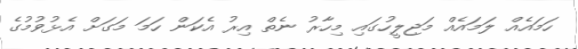
ހަމައެއް ލަމައެއް މަޖިލީހުގައި މިހާރު ނެތް އިރު އެކަން ހަމަ މަގަށް އެޅުވުމުގެ